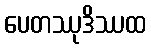
ပေတဿုဒိဿထ